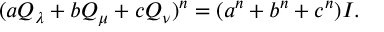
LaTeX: ( a Q _ { \lambda } + b Q _ { \mu } + c Q _ { \nu } ) ^ { n } = ( a ^ { n } + b ^ { n } + c ^ { n } ) I .